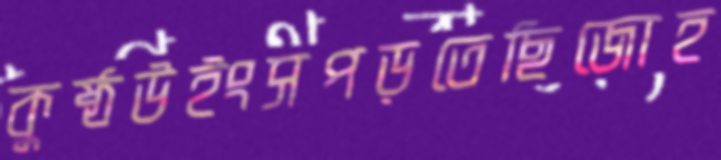
কুষ্ঠউইংসপড়তেছিজোহ